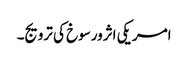
امریکی اثرورسوخ کی ترویج۔